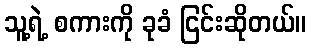
သူ့ရဲ့ စကားကို ခုခံ ငြင်းဆိုတယ်။